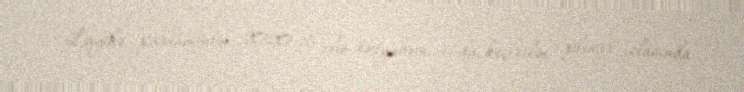
Layihə parlamentin 2020-ci ilin oktyabrın 6-da keçirilən plenar iclasında